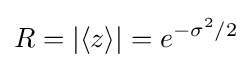
R=|\langle z\rangle |=e^{-\sigma ^{2}/2}